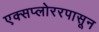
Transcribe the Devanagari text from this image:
एक्सप्लोररपासून